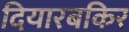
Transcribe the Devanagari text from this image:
दियारबकिर